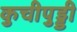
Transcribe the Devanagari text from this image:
कुचीपुड्डी